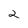
Character: 2